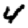
Digit: 4